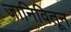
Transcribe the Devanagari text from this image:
जानिवितून